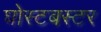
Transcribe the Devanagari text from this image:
घोस्टबस्टर